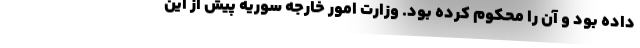
داده بود و آن را محکوم کرده بود. وزارت امور خارجه سوریه پیش از این